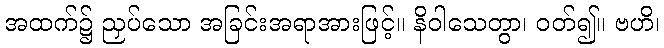
အထက်၌ ညှပ်သော အခြင်းအရာအားဖြင့်။ နိဝါသေတွာ၊ ဝတ်၍။ ဗဟိ၊